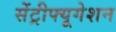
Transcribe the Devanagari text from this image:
सेंट्रीफ्यूगेशन